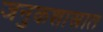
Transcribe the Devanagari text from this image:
जनुकशास्त्रात